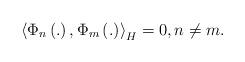
LaTeX: \begin{align*}\left\langle \Phi _{n}\left( .\right) ,\Phi _{m}\left( .\right)\right\rangle _{H}=0,n\neq m. \end{align*}